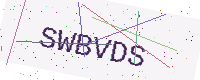
Text: SWBVDS